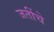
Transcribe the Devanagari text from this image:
जतींचे